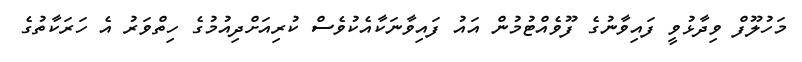
މަހުލޫފް ވިދާޅުވީ ފައިވާނުގެ ފޫވެއްޓުމުން އައު ފައިވާނަކާއެކުވެސް ކުރިއަށްދިއުމުގެ ހިތްވަރު އެ ހަރަކާތުގެ